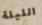
الليلة